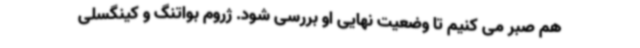
هم صبر می کنیم تا وضعیت نهایی او بررسی شود. ژروم بواتنگ و کینگسلی